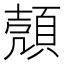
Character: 𫖡